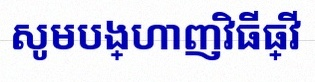
សូមបង្ហាញវិធីធ្វើ